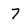
Character: 7